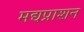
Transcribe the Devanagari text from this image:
मद्यप्राशन